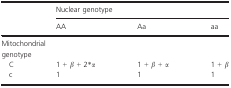
| <ROWSPAN=2>  | <COLSPAN=3> Nuclear genotype |
 | AA | Aa | aa |
 | --- | --- | --- | --- |
 | <COLSPAN=4> Mitochondrial genotype |
 | C | 1 + β + 2*α | 1 + β + α | 1 + β |
 | c | 1 | 1 | 1 |